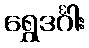
ရွှေဒင်္ဂါး